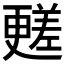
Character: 𣍏